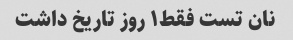
نان تست فقط۱ روز تاریخ داشت